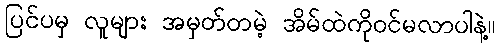
ပြင်ပမှ လူများ အမှတ်တမဲ့ အိမ်ထဲကိုဝင်မလာပါနဲ့။